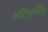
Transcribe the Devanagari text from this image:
अतिचर्चित